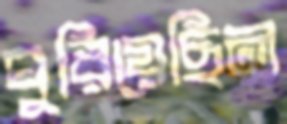
ঘুরিয়েছিল